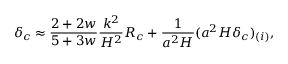
\delta _ { c } \approx { \frac { 2 + 2 w } { 5 + 3 w } } { \frac { k ^ { 2 } } { { \cal H } ^ { 2 } } } { \cal R } _ { c } + { \frac { 1 } { a ^ { 2 } { \cal H } } } ( a ^ { 2 } { \cal H } \delta _ { c } ) _ { ( i ) } ,